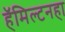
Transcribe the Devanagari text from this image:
हॅमिल्टनहा